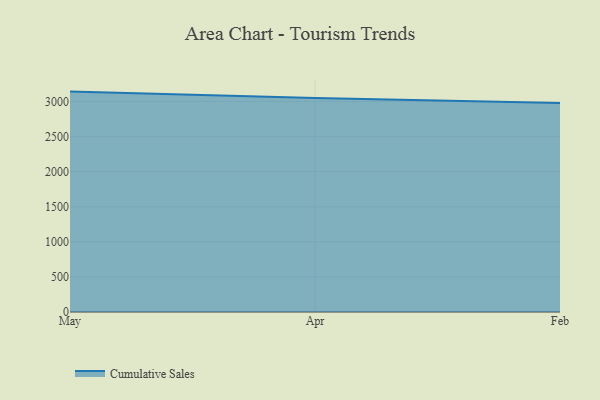
{"axis": {"x": "Month", "y": "Population (Million)"}, "legend": ["Cumulative Sales"], "data": [{"x": "May", "y": 3141.0, "type": "Cumulative Sales"}, {"x": "Apr", "y": 3050.9, "type": "Cumulative Sales"}, {"x": "Feb", "y": 2979.0, "type": "Cumulative Sales"}]}